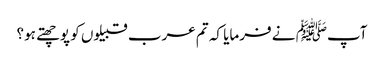
آپﷺ نے فرمایا کہ تم عرب قبیلوں کو پوچھتے ہو؟